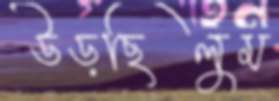
উড়ছিলুম